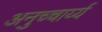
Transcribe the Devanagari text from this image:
अनुच्चार्य्य